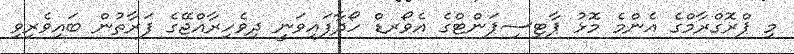
މި ޕްރޮގްރާމްގެ އެންމެ މޮޅު ޕާޓިސިޕަންޓްގެ އެވޯރޑް ހޯދާފައިވަނީ ދިވެހިރާއްޖޭގެ ފަރާތުން ބައިވެރިވި